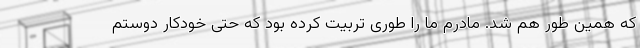
که همین طور هم شد. مادرم ما را طوری تربیت کرده بود که حتی خودکار دوستم